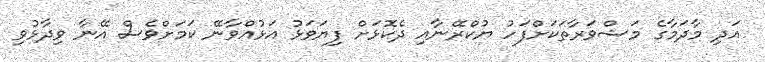
އަދި މާދަމާގެ މަޝްވަރާތަކަށްފަހު ޔުކްރޭނާއި ދެކޮޅަށް ފިޔަވަޅު އަޅުއްވާނޭ ކަމަށްވެސް އޭނާ ވިދާޅުވި